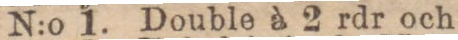
N:o 1. Double à 2 rdr och